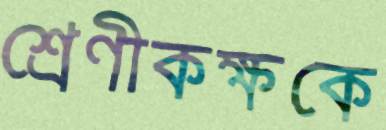
শ্রেণীকক্ষকে